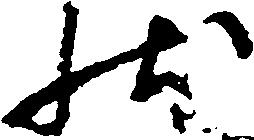
状